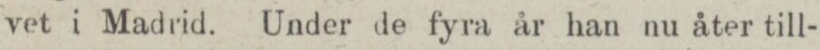
vet i Madrid. Under de fyra år han nu åter till-